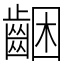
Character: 齫